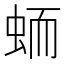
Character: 𱿟